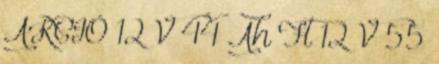
AKCIÓ 12 V 44 Ah Ft 12 V 55